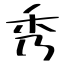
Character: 秀